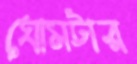
ঘোমটার